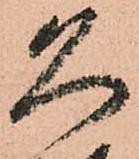
久